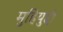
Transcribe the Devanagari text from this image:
मुहियुद्दी